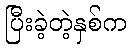
ပြီးခဲ့တဲ့နှစ်က